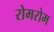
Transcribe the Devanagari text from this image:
रोमरोम